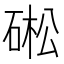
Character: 硹